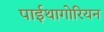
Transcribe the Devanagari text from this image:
पाईथागोरियन